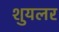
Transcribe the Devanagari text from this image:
शुयलर